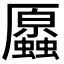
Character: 𧔞